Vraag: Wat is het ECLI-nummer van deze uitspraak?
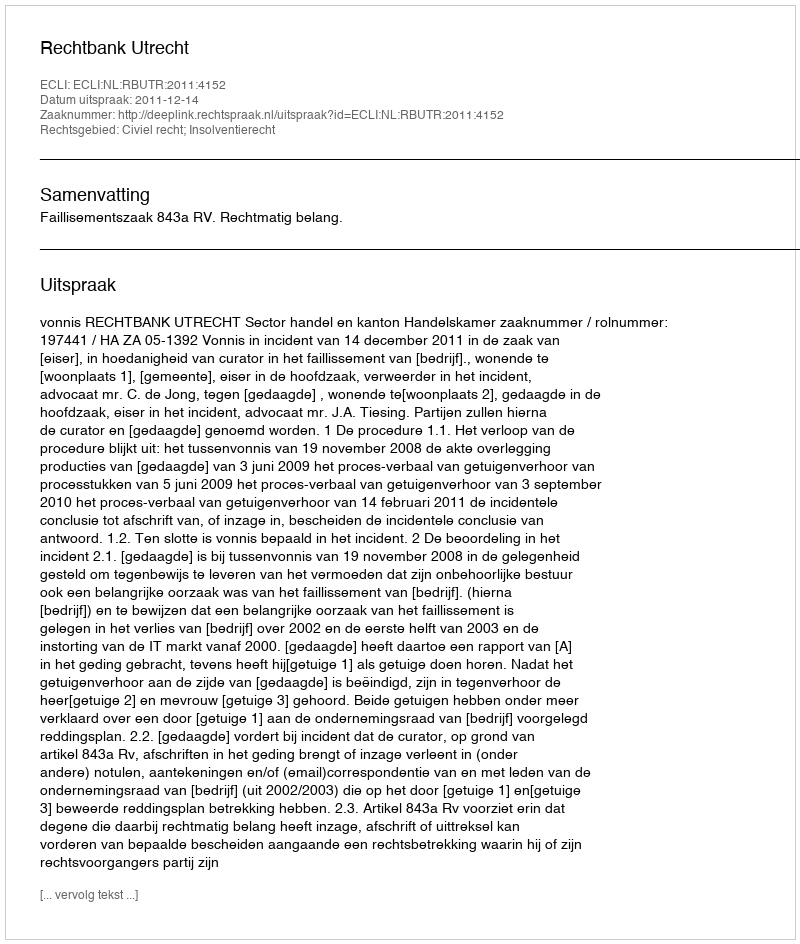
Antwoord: ECLI:NL:RBUTR:2011:4152